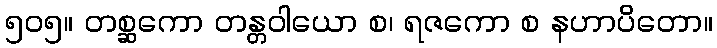
၅၀၅။ တစ္ဆကော တန္တဝါယော စ၊ ရဇကော စ နဟာပိတော။